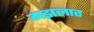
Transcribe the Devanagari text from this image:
गझलात